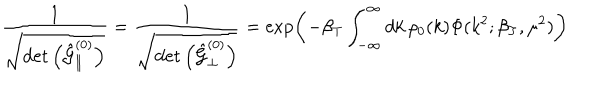
\frac { 1 } { \sqrt { \det \left( \hat { { \cal G } } _ { \parallel } ^ { ( 0 ) } \right) } } = \frac { 1 } { \sqrt { \det \left( \hat { { \cal G } } _ { \perp } ^ { ( 0 ) } \right) } } = \exp \left( - \beta _ { T } \int _ { - \infty } ^ { \infty } d k \, \rho _ { 0 } ( k ) \Phi ( k ^ { 2 } ; \beta _ { T } , \mu ^ { 2 } ) \right)